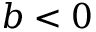
b < 0